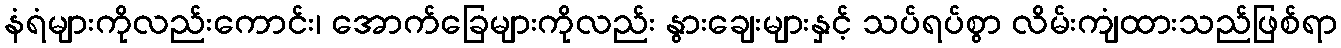
နံရံများကိုလည်းကောင်း၊ အောက်ခြေများကိုလည်း နွားချေးများနှင့် သပ်ရပ်စွာ လိမ်းကျံထားသည်ဖြစ်ရာ